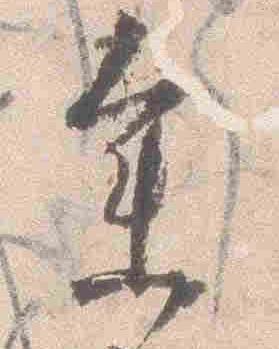
参